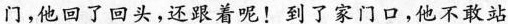
门，他回了回头，还跟着呢！到了家门口，他不敢站